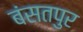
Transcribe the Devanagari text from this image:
बंसतपुर